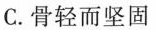
C.骨轻而坚固